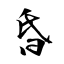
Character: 昏